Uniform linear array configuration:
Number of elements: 32
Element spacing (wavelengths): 0.25
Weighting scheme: hamming
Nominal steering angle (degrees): -30
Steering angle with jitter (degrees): -28.909
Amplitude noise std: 0.05
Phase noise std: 0.05

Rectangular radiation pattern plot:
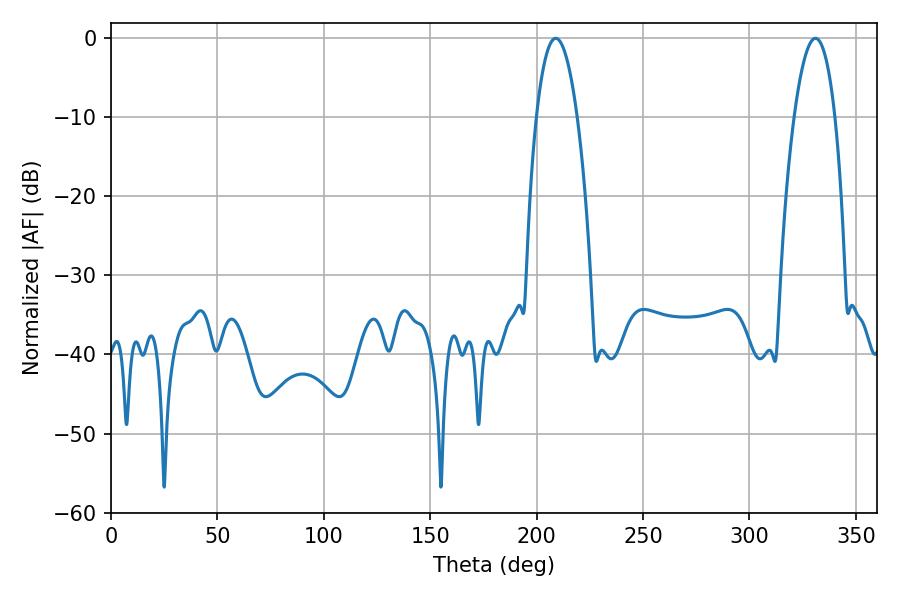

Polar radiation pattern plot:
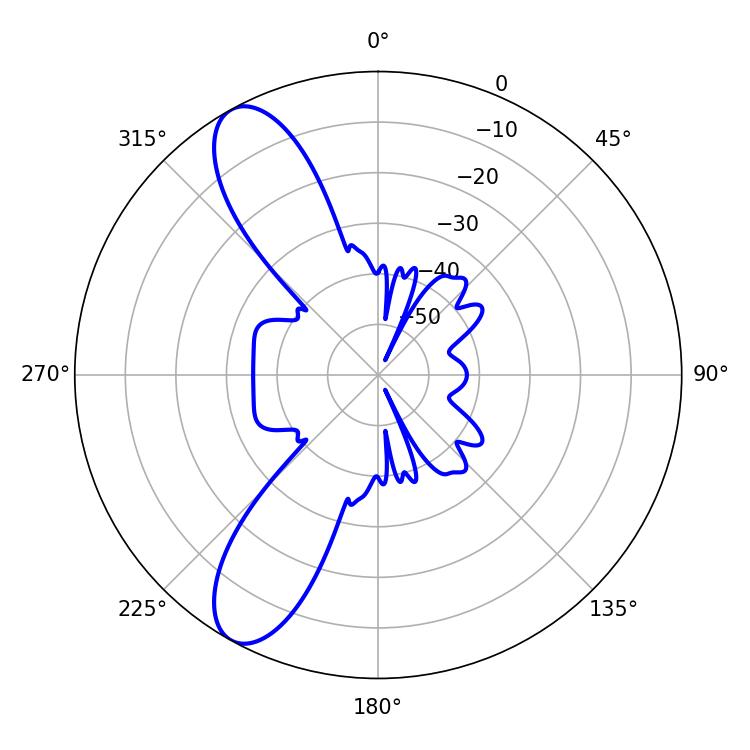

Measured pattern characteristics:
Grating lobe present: FALSE
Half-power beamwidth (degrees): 10.62
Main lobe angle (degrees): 208.98